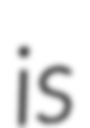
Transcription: is